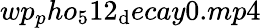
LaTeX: wp_{p}ho_{5}12_{\mathrm{d}}ecay0.mp4